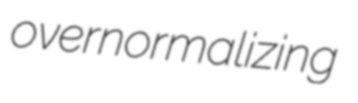
overnormalizing